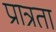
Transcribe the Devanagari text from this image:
प्रात्रता